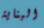
البناية